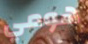
هومي